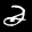
Label: 2